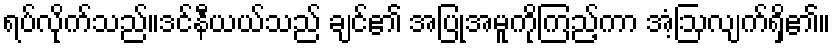
ရပ်လိုက်သည်။ဒင်နီယယ်သည် ချင်၏ အပြုအမူကိုကြည့်ကာ အံ့ဩလျက်ရှိ၏။